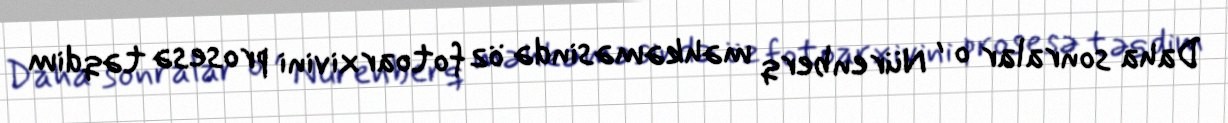
Daha sonralar o , Nürenberq məhkəməsində öz fotoarxivini prosesə təqdim